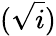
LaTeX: (\sqrt{i})